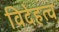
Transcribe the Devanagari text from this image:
विदेहत्व